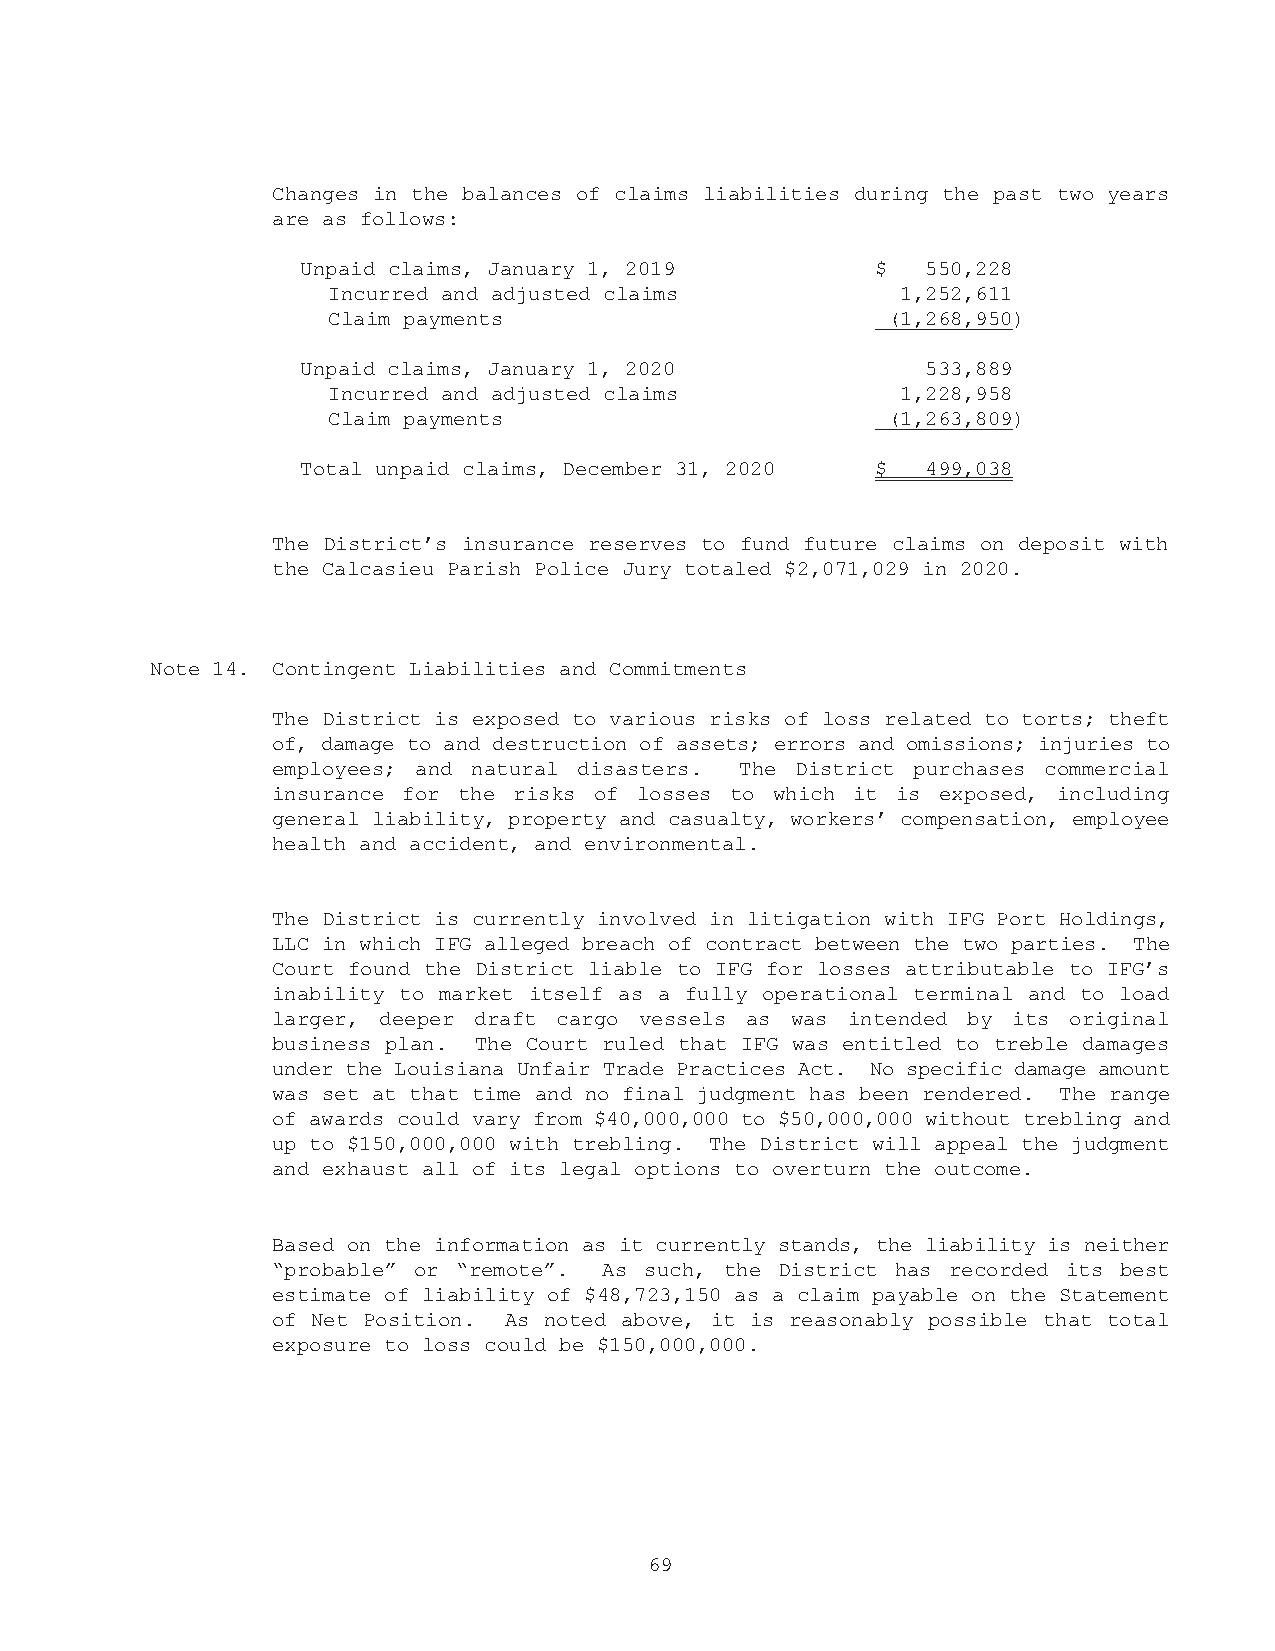
Changes in the balances of claims liabilities during the past two years
 are as follows:
 Unpaid claims, January 1, 2019        $  550,228
 Incurred and adjusted claims          1,252,611
 Claim payments                       (1,268,950)
 Unpaid claims, January 1, 2020           533,889
 Incurred and adjusted claims          1,228,958
 Claim payments                       (1,263,809)
 Total unpaid claims, December 31, 2020 $ 499,038
 The District’s insurance reserves to fund future claims on deposit with
 the Calcasieu Parish Police Jury totaled $2,071,029 in 2020.
 Note 14. Contingent Liabilities and Commitments
 The District is exposed to various risks of loss related to torts; theft
 of, damage to and destruction of assets; errors and omissions; injuries to
 employees; and natural disasters. The District purchases commercial
 insurance for the risks of losses to which it is exposed, including
 general liability, property and casualty, workers’ compensation, employee
 health and accident, and environmental.
 The District is currently involved in litigation with IFG Port Holdings,
 LLC in which IFG alleged breach of contract between the two parties. The
 Court found the District liable to IFG for losses attributable to IFG’s
 inability to market itself as a fully operational terminal and to load
 larger, deeper draft cargo vessels as was intended by its original
 business plan. The Court ruled that IFG was entitled to treble damages
 under the Louisiana Unfair Trade Practices Act. No specific damage amount
 was set at that time and no final judgment has been rendered. The range
 of awards could vary from $40,000,000 to $50,000,000 without trebling and
 up to $150,000,000 with trebling. The District will appeal the judgment
 and exhaust all of its legal options to overturn the outcome.
 Based on the information as it currently stands, the liability is neither
 “probable” or “remote”. As such, the District has recorded its best
 estimate of liability of $48,723,150 as a claim payable on the Statement
 of Net Position. As noted above, it is reasonably possible that total
 exposure to loss could be $150,000,000.
 69